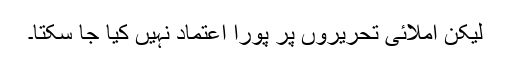
لیکن املائی تحریروں پر پورا اعتماد نہیں کیا جا سکتا۔